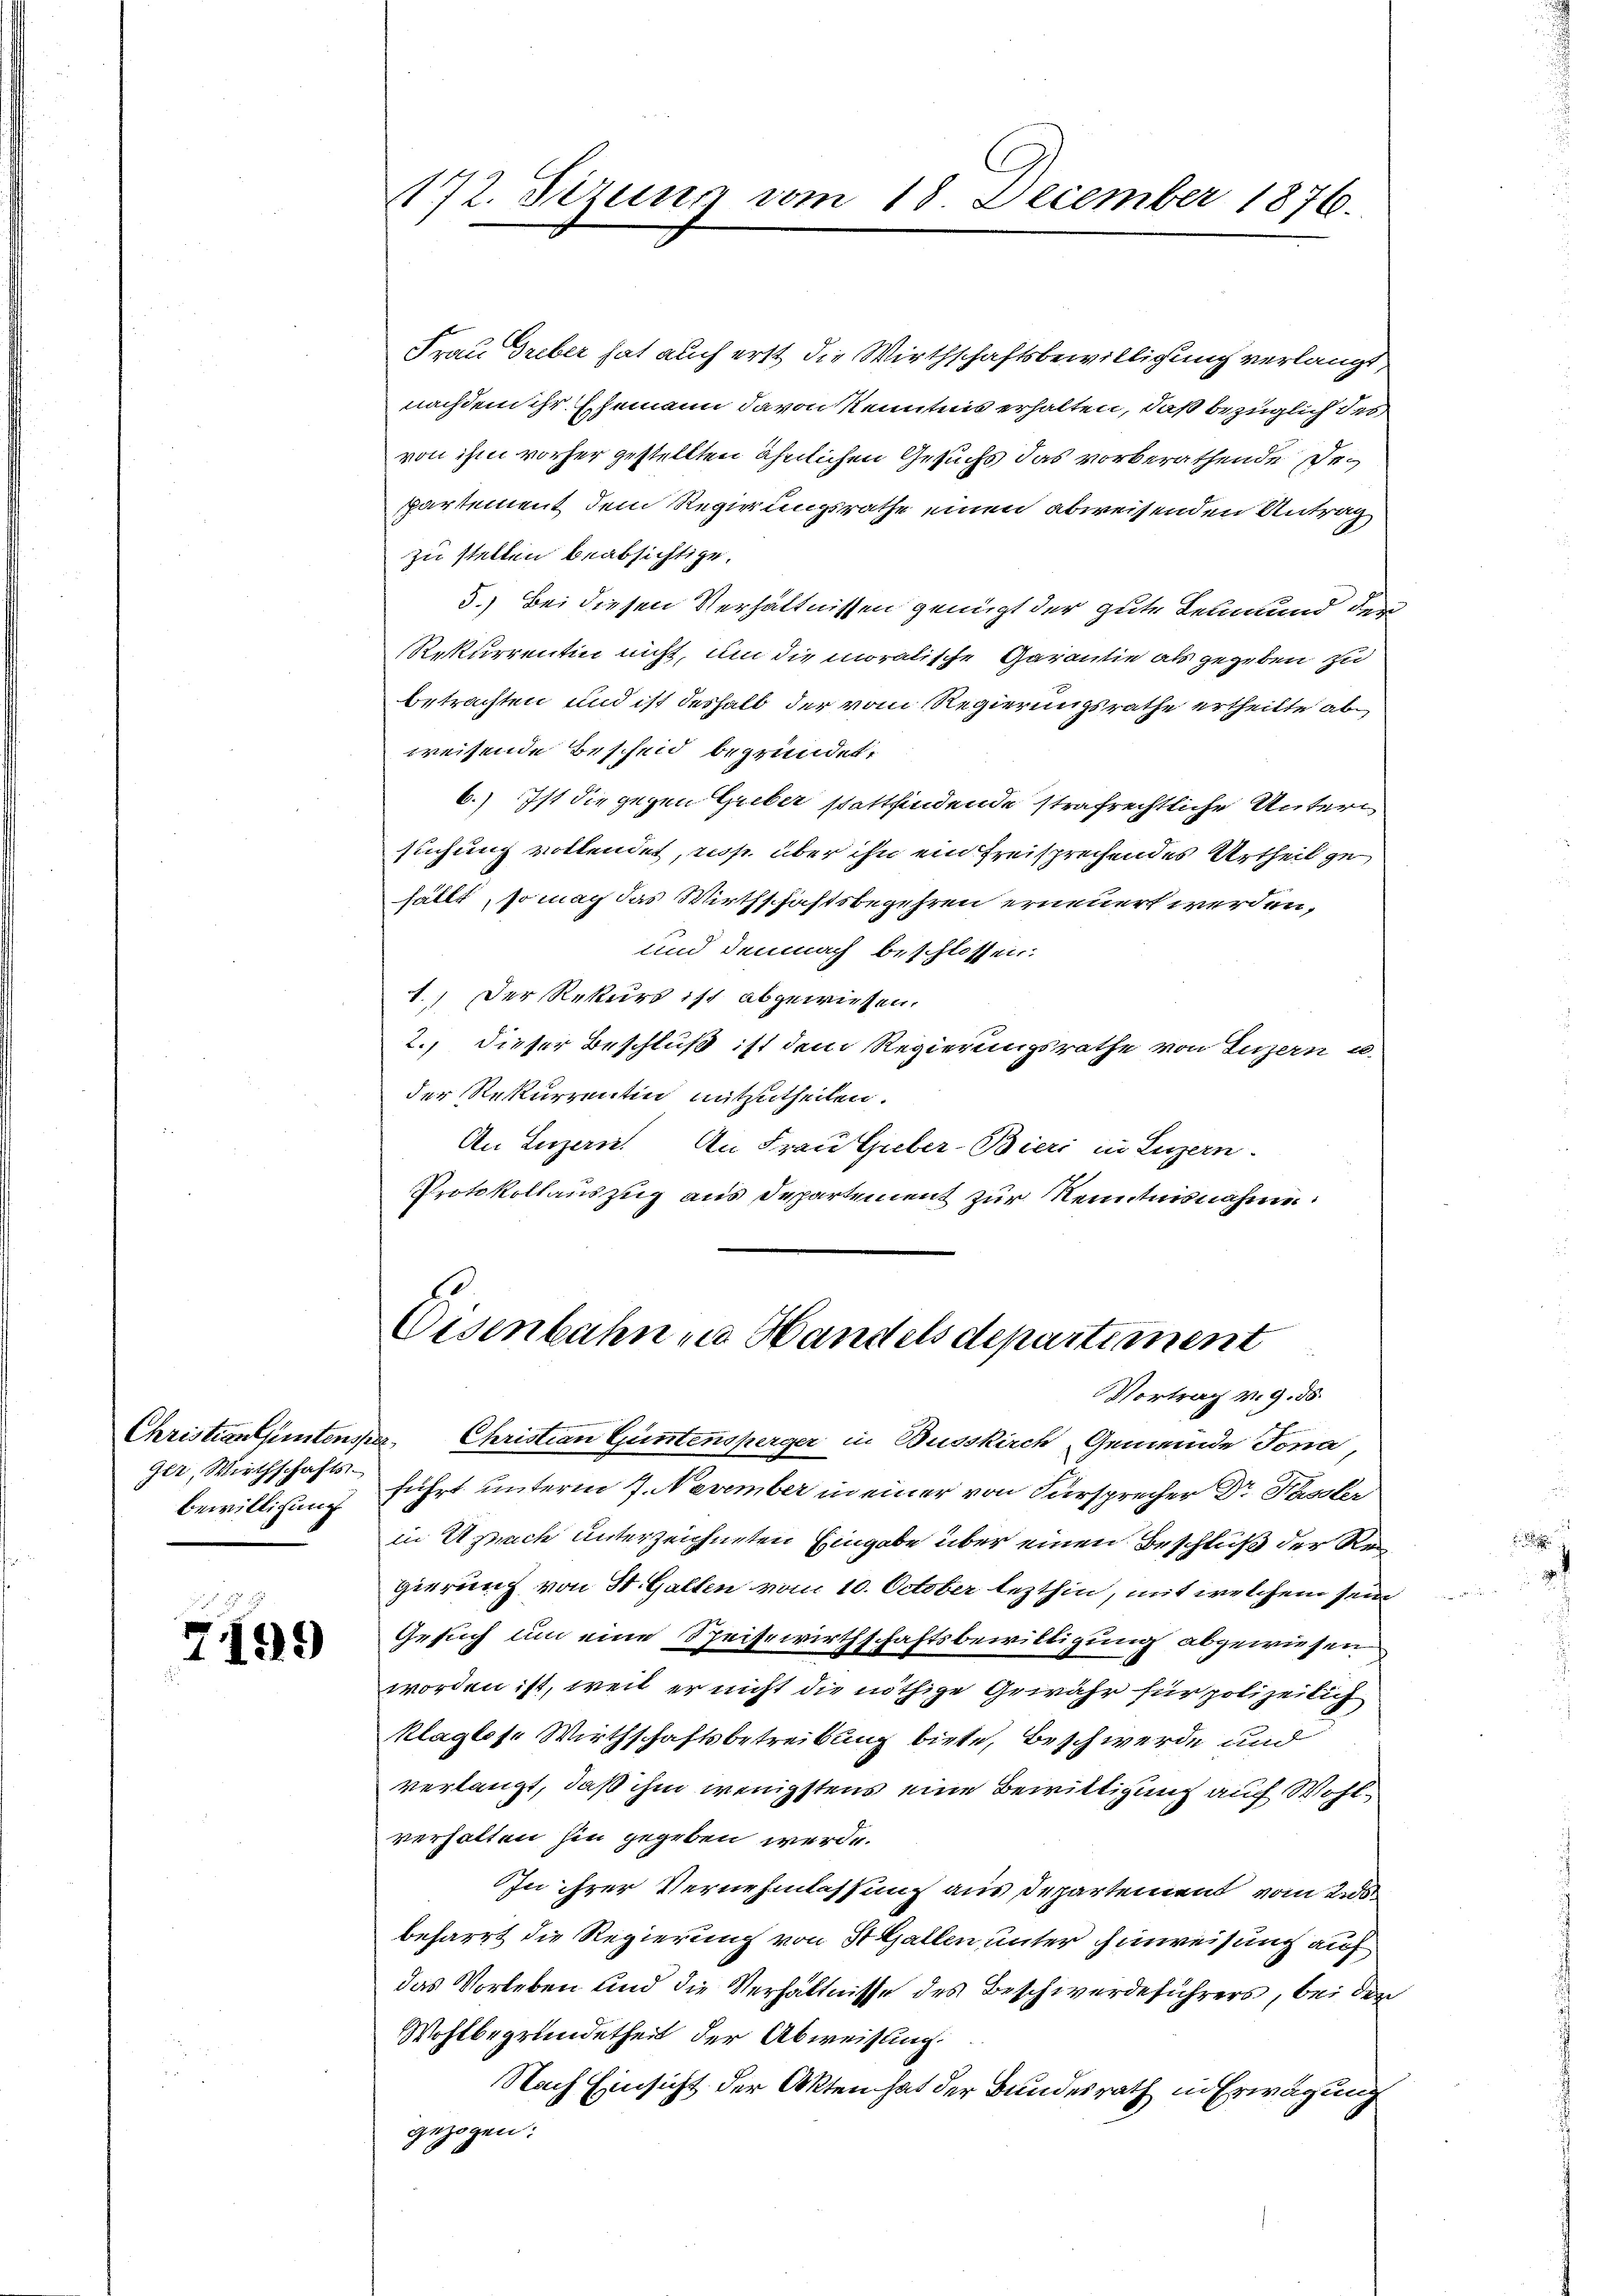
ger, Wirthschafts-
Bewilligung

7199

Frau Greber hat auch erst die Wirthschaftsbewilligung verlangt,
nachdem ihr Ehemann davon Kenntnis erhalten, daß bezüglich des
von ihm vorher gestellten ähnlichen Gesuchs das vorberathende Geppartement dem Regierungsrathe einen abweisenden Antrag
zu stellen beabsichtige.
5.) Bei diesen Verhältnissen genügt der gute Leumund der
Rekurrentin nicht, um die moralische Garantie als gegeben zu
betrachten und ist deshalb der vom Regierungsrathe ertheilte abweisende Bescheid begründet,
6.) Ist die gegen Greber stattfindende strafrechtliche Unterisuchung vollendet, resp. über ihn ein freisprechendes Urtheil gefällt, so mach das Wirthschaftsbegehren erneuert werden,
und demnach beschlossen:
1.) Der Rekurs ist abgewiesen.
2., dieser Beschluß ist dem Regierungsrathe von Luzern u.
der Rekurrentin mitzutheilen.
An Luzern. An Frau Gieber-Bieri in Luzern.
Protokollauszug aus Departement zur Kenntnisnahme:

172. Sezung vom 10. December 1876.

Eisenbahn in Handels departiment
Vortrag v. 9. 58

Christian hintensper Christian Güntensperger in Busskirch, Gemeinde Jona,
führt unterm 7. November in einer von Fürsprecher Dr. Hasler
in Uznach unterzeichneten Eingabe über einen Beschluß der Regierung von St. Gallen vom 10. October lezthin, mit welchem sein
Gesuch um eine Speisewirthschaftsbewilligung abgewiesen
worden ist, weil er nicht die nöthige Gewähr für polizeilich
klaglose Wirthschaftsbetreibung biete, Beschwerde und
verlangt, daß ihm wenigstens eine Bewittigung auf Wohlverhalten hin gegeben werde.
In ihrer Vernehmlassung aus Departement vom 2
beharrt die Regierung von St. Gallen unter Einweisung auf
das Vorleben und die Verhältnisse des Beschwerdeführers, bei den
Wohlbegründetheit der Abweisung.
Nach Einsicht der Akten hat der Bundesrath in Erwägung
gezogen: